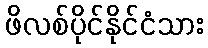
ဖိလစ်ပိုင်နိုင်ငံသား